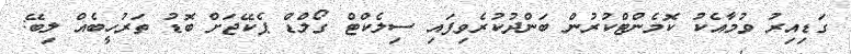
ގަޑިއިރު ވުމާއެކު ކޮމެންޓްކުރުން ބަންދުކުރެވިފައި ސިލެކްޓް ގޯލްޑް ޕެކޭޖަށް ބޮޑު ތަރުހީބެއް ލިބޭ: